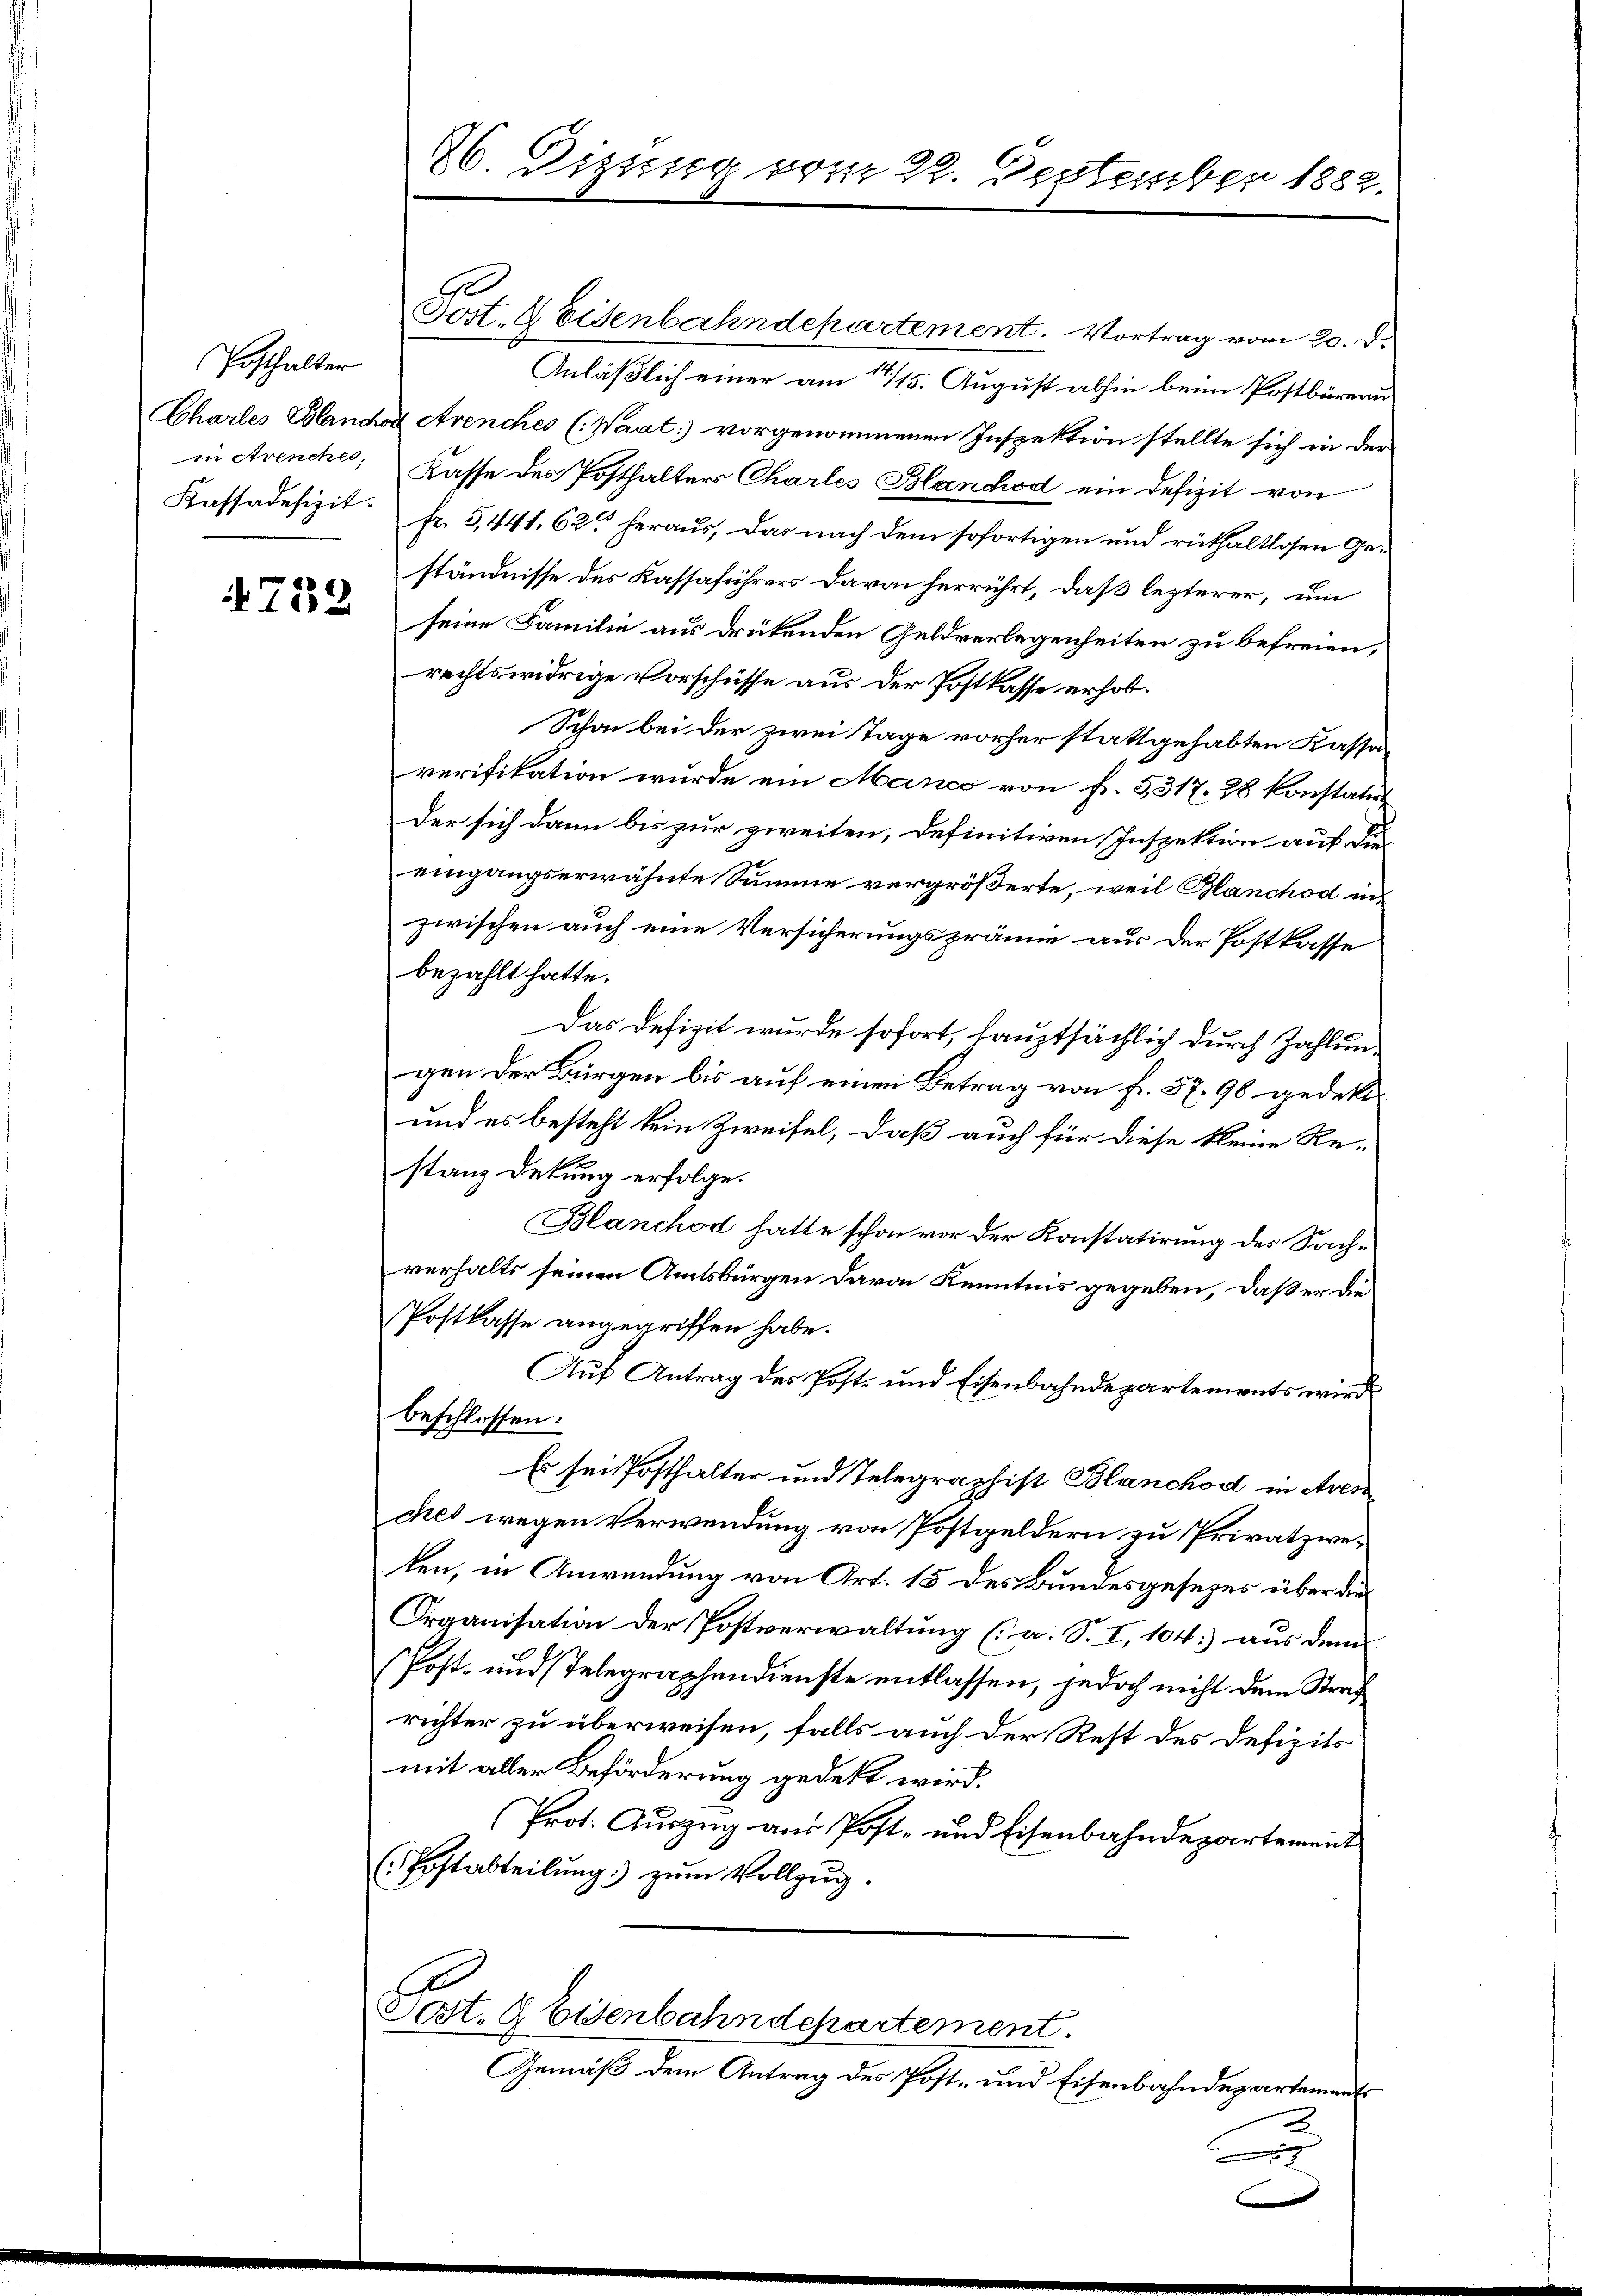
Posthalter
Kassadefizit.

752.

26. Dizung vom 22. Deptember 1882.

Post- & Eisenbahndepartement. Vortrag vom 20. d.
Anläßlich einer am 14/15. August abhin beim Postbüreau
Charles Blancos Avenches (Waat:) vorgenommenen Inspektion stellte sich in der
in Avenches, Kasse des Posthalters Charles Blanchod ein Defizit von
fr. 5, 441. 625 heraus, das nach dem sofortigen und rüthaltlosen Geständnisse des Kassaführers davon herrührt, daß lezterer, um
seine Familie aus drükenden Geldverlegenheiten zu befreien,
rechtswidrige Vorschüsse aus der Postkasse erhob¬
Schon bei der zwei Tage vorher stattgehabten Kassaverifikation wurde ein Manco von fr. 5317. 28 konstatut
der sich dann bis zur zweiten, definitiven Inspektion auf die
eingangserwähnte Summe vergrößerte, weil Blanchod in
zwischen auch eine Versicherungsprämie aus der Postkasse
bezahlt hatte.
Das Defizit wurde sofort, hauptsächlich durch Zahlungen der Bürgen bis auf einen Betrag von fr. 57, 98 gedekt
und es besteht kein Zweifel, daß auch für diese kleine Re-
stanz dekung erfolge.
Blanchod hatte schon vor der Konstatirung des Sachverhalts seinen Amtsbürgen davon Kenntnis gegeben, daß er die
Postkasse angegriffen habe.
Auf Antrag des Post- und Eisenbahndepartements wird
beschlossen:
Es sei Posthalter und Telegraphist Blanchod in Aven
ches wegen Verwendung von Postgeldern zu Privatzweken, in Anwendung von Art. 15 des Bundesgesezes über die
Organisation der Postverwaltung (a. S. I, 104. aus dem
Post- und Telegraphendienste entlassen, jedoch nicht dem Straf
richter zu überweisen, falls auch der Rest des Defizits
mit aller Beförderung gedekt wird.
Prot. Auszug aus Post- und Eisenbahndepartement
(Postabteilŭng zŭm Vollzŭg.
Fest. & Eisenbahndepartement.
Gemäß dem Antrag des Post- und Eisenbahndepartements
2